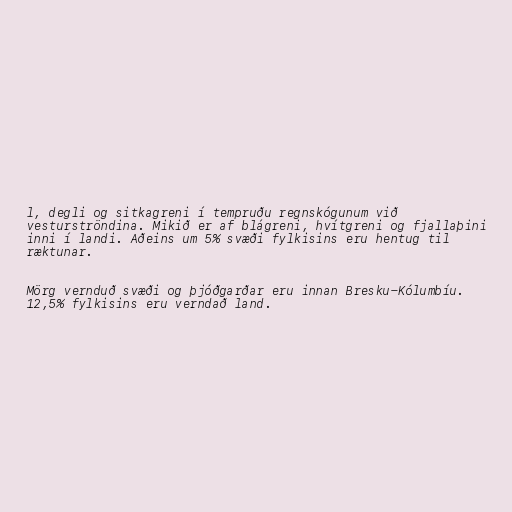
l, degli og sitkagreni í tempruðu regnskógunum við
vesturströndina. Mikið er af blágreni, hvítgreni og fjallaþini
inni í landi. Aðeins um 5% svæði fylkisins eru hentug til
ræktunar.

Mörg vernduð svæði og þjóðgarðar eru innan Bresku-Kólumbíu.
12,5% fylkisins eru verndað land.